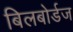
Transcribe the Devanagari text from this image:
बिलबोर्डज